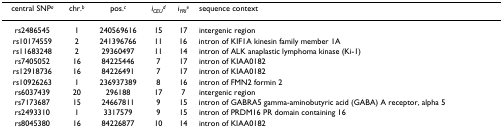
<table><thead><tr><td><b>central SNP<sup><i>a</i></sup></b></td><td><b>chr.<sup><i>b</i></sup></b></td><td><b>pos.<sup><i>c</i></sup></b></td><td><b><i>i</i><sub><i>CEU</i></sub><sup><i>d</i></sup></b></td><td><b><i>i</i><sub><i>YRI</i></sub><sup><i>e</i></sup></b></td><td><b>sequence context</b></td></tr></thead><tbody><tr><td>rs2486545</td><td>1</td><td>240569616</td><td>15</td><td>17</td><td>intergenic region</td></tr><tr><td>rs10174559</td><td>2</td><td>241396766</td><td>11</td><td>16</td><td>intron of KIF1A kinesin family member 1A</td></tr><tr><td>rs11683248</td><td>2</td><td>29360497</td><td>11</td><td>14</td><td>intron of ALK anaplastic lymphoma kinase (Ki-1)</td></tr><tr><td>rs7405052</td><td>16</td><td>84225446</td><td>7</td><td>17</td><td>intron of KIAA0182</td></tr><tr><td>rs12918736</td><td>16</td><td>84226491</td><td>7</td><td>17</td><td>intron of KIAA0182</td></tr><tr><td>rs10926263</td><td>1</td><td>236937389</td><td>8</td><td>16</td><td>intron of FMN2 formin 2</td></tr><tr><td>rs6037439</td><td>20</td><td>296188</td><td>17</td><td>7</td><td>intergenic region</td></tr><tr><td>rs7173687</td><td>15</td><td>24667811</td><td>9</td><td>15</td><td>intron of GABRA5 gamma-aminobutyric acid (GABA) A receptor, alpha 5</td></tr><tr><td>rs2493310</td><td>1</td><td>3317579</td><td>9</td><td>15</td><td>intron of PRDM16 PR domain containing 16</td></tr><tr><td>rs8045380</td><td>16</td><td>84226877</td><td>10</td><td>14</td><td>intron of KIAA0182</td></tr></tbody></table>